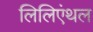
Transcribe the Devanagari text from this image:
लिलिएंथल